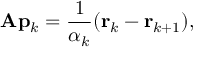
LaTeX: \mathbf { A } \mathbf { p } _ { k } = { \frac { 1 } { \alpha _ { k } } } ( \mathbf { r } _ { k } - \mathbf { r } _ { k + 1 } ) ,